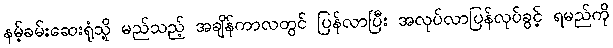
နမ့်ခမ်းဆေးရုံသို့ မည်သည့် အချိန်ကာလတွင် ပြန်လာပြီး အလုပ်လာပြန်လုပ်ခွင့် ရမည်ကို